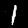
Label: 1